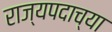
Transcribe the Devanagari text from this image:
राज्यपदाच्या